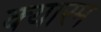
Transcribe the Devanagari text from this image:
क्यारम